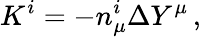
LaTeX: K^{i}=-n_{\mu}^{i}\Delta Y^{\mu}\, ,